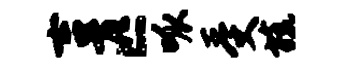
吉匹呱受旒